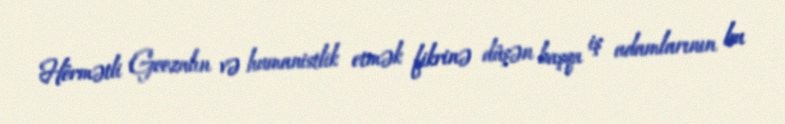
Hörmətli Goozalın və humanistlik etmək fikrinə düşən başqa iş adamlarının bu